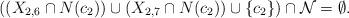
LaTeX: \begin{align*}\mbox{$((X_{2,6}\cap N(c_2))\cup (X_{2,7}\cap N(c_2))\cup\{c_2\})\cap {\cal N}=\emptyset$.}\end{align*}